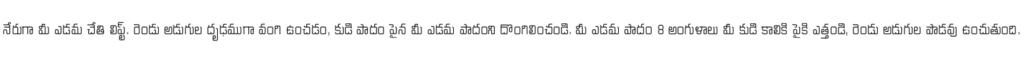
నేరుగా మీ ఎడమ చేతి లిఫ్ట్. రెండు అడుగుల దృఢముగా వంగి ఉంచడం, కుడి పాదం పైన మీ ఎడమ పాదంని దొంగిలించండి. మీ ఎడమ పాదం 8 అంగుళాలు మీ కుడి కాలికి పైకి ఎత్తండి, రెండు అడుగుల పొడవు ఉంచుతుంది.